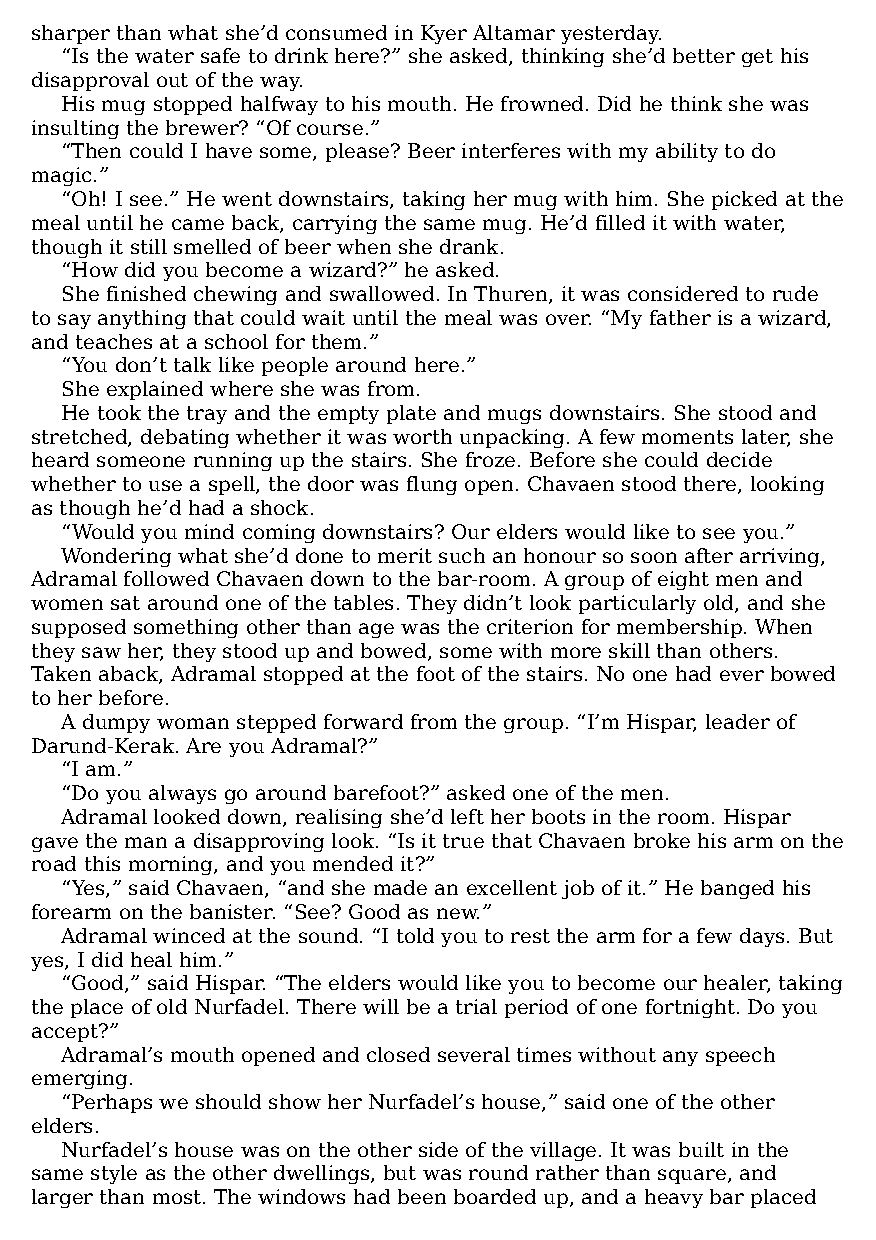
sharper than what she’d consumed in Kyer Altamar yesterday.
 “Is the water safe to drink here?” she asked, thinking she’d better get his
 disapproval out of the way.
 His mug stopped halfway to his mouth. He frowned. Did he think she was
 insulting the brewer? “Of course.”
 “Then could I have some, please? Beer interferes with my ability to do
 magic.”
 “Oh! I see.” He went downstairs, taking her mug with him. She picked at the
 meal until he came back, carrying the same mug. He’d filled it with water,
 though it still smelled of beer when she drank.
 “How did you become a wizard?” he asked.
 She finished chewing and swallowed. In Thuren, it was considered to rude
 to say anything that could wait until the meal was over. “My father is a wizard,
 and teaches at a school for them.”
 “You don’t talk like people around here.”
 She explained where she was from.
 He took the tray and the empty plate and mugs downstairs. She stood and
 stretched, debating whether it was worth unpacking. A few moments later, she
 heard someone running up the stairs. She froze. Before she could decide
 whether to use a spell, the door was flung open. Chavaen stood there, looking
 as though he’d had a shock.
 “Would you mind coming downstairs? Our elders would like to see you.”
 Wondering what she’d done to merit such an honour so soon after arriving,
 Adramal followed Chavaen down to the bar-room. A group of eight men and
 women sat around one of the tables. They didn’t look particularly old, and she
 supposed something other than age was the criterion for membership. When
 they saw her, they stood up and bowed, some with more skill than others.
 Taken aback, Adramal stopped at the foot of the stairs. No one had ever bowed
 to her before.
 A dumpy woman stepped forward from the group. “I’m Hispar, leader of
 Darund-Kerak. Are you Adramal?”
 “I am.”
 “Do you always go around barefoot?” asked one of the men.
 Adramal looked down, realising she’d left her boots in the room. Hispar
 gave the man a disapproving look. “Is it true that Chavaen broke his arm on the
 road this morning, and you mended it?”
 “Yes,” said Chavaen, “and she made an excellent job of it.” He banged his
 forearm on the banister. “See? Good as new.”
 Adramal winced at the sound. “I told you to rest the arm for a few days. But
 yes, I did heal him.”
 “Good,” said Hispar. “The elders would like you to become our healer, taking
 the place of old Nurfadel. There will be a trial period of one fortnight. Do you
 accept?”
 Adramal’s mouth opened and closed several times without any speech
 emerging.
 “Perhaps we should show her Nurfadel’s house,” said one of the other
 elders.
 Nurfadel’s house was on the other side of the village. It was built in the
 same style as the other dwellings, but was round rather than square, and
 larger than most. The windows had been boarded up, and a heavy bar placed